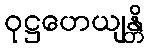
ဝုဋ္ဌဟေယျန္တိ